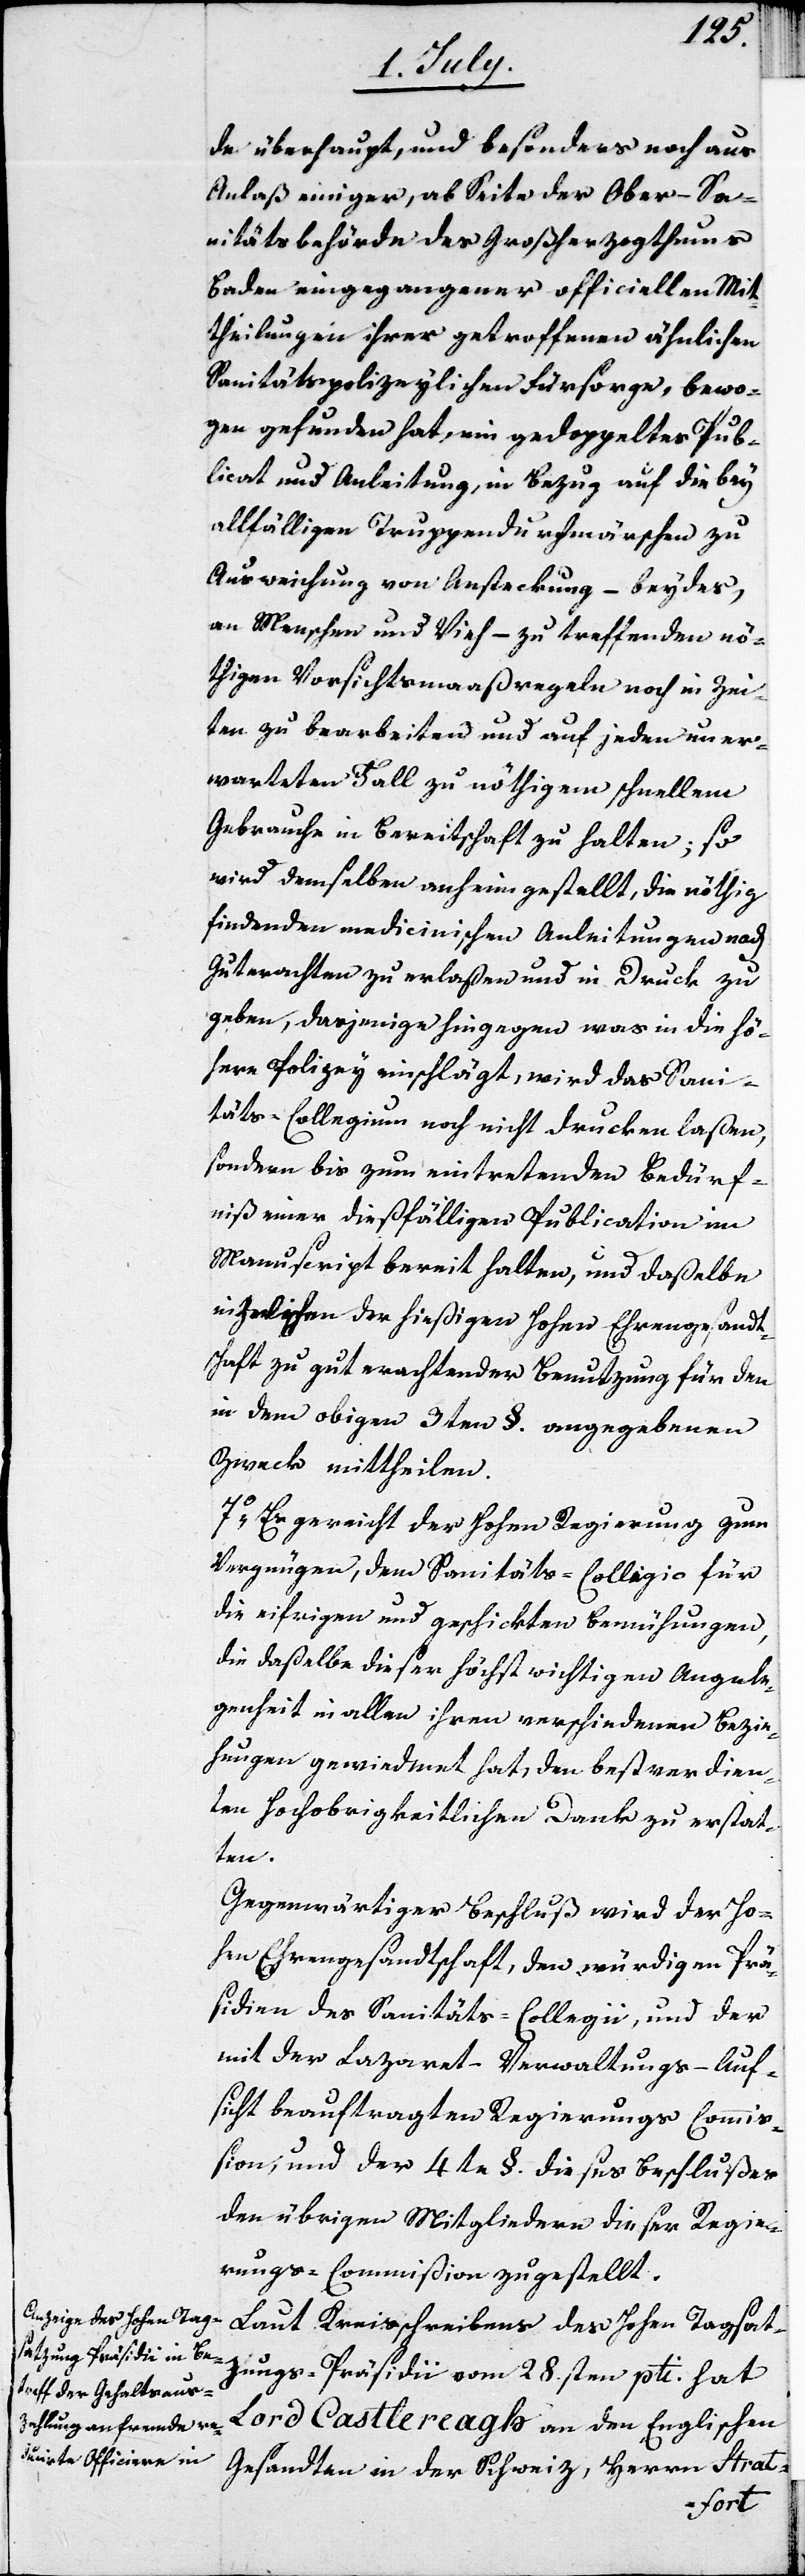
de überhaupt, und besonders noch aus
Anlaß einiger, ab Seite der Ober-Sa¬
nitätsbehörde des Großherzogthums
Baden eingegangener officiellen Mit¬
theilungen ihrer getroffenen ähnlichen
Sanitätspolizeylichen Fürsorge, bewo¬
gen gefunden hat, ein gedoppeltes Pub¬
licat und Anleitung, in Bezug auf die bey
allfälligen Truppendurchmärschen zu
Ausweichung von Ansteckung – beydes,
an Menschen und Vieh – zu treffenden nö¬
thigen Vorsichtsmaaßregeln noch in Zei¬
ten zu bearbeiten und auf jeden uner¬
warteten Fall zu nöthigem schnellem
Gebrauche in Bereitschaft zu halten; so
wird demselben anheim gestellt, die nöthig
findenden medicinischen Anleitungen nach
Guterachten zu erlaßen und in Druck zu
geben, dasjenige hingegen was in die hö¬
here Polizey einschlägt, wird das San¬
itäts-Collegium noch nicht drucken laßen,
sondern bis zum eintretenden Bedürf¬
niß einer dießfälligen Publication im
Manuscript bereit halten, und daßelbe
inzwischen der hießigen Hohen Ehrengesandt¬
schaft zu gut erachtender Benutzung für den
in dem obigen 3ten §. angegebenen
Zweck mittheilen.
7o Es gereicht der Hohen Regierung zum
Vergnügen, dem Sanitäts-Collegio für
die eifrigen und geschickten Bemühungen,
die daßelbe dieser höchst wichtigen Angele¬
genheit in allen ihren verschiedenen Bezie¬
hungen gewiedmet hat, den bestverdien¬
ten Hochobrigkeitlichen Dank zu erstat¬
ten.
Gegenwärtiger Beschluß wird der Ho¬
hen Ehrengesandtschaft, den würdigen Prä¬
sidien des Sanitäts-Collegii, und der
mit der Lazaret-Verwaltungs-Auf¬
sicht beauftragten Regierungs-Commiß¬
ion, und der 4te §. dieses Beschlußes
den übrigen Mitgliedern dieser Regie¬
rungs-Commißion zugestellt.
Laut Kreisschreibens des Hohen Tagsat¬
zungs-Präsidii vom 28.sten pti. hat
Lord Castlereagh an den Englischen
Gesandten in der Schweiz, Herrn Strat-